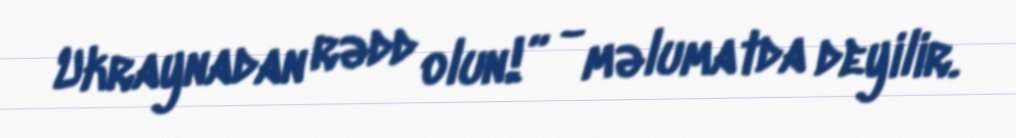
Ukraynadan rədd olun!” - məlumatda deyilir.